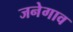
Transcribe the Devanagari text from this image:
जनेगाव